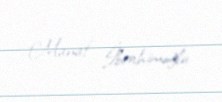
Manaf İbrahimoğlu